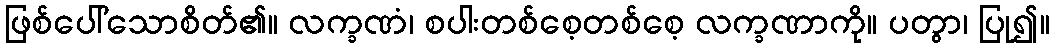
ဖြစ်ပေါ်သောစိတ်၏။ လက္ခဏံ၊ စပါးတစ်စေ့တစ်စေ့ လက္ခဏာကို။ ပတွာ၊ ပြု၍။